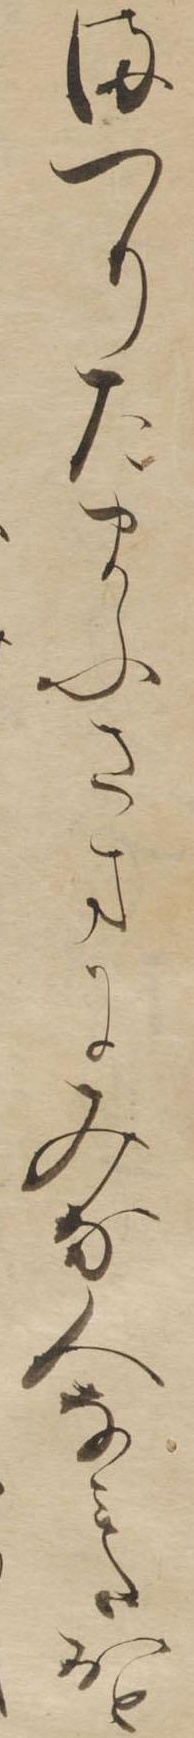
まつりたまふさまにみな人なみたおと